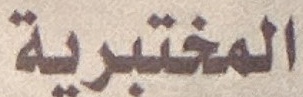
المختبریة